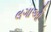
લગાઓ